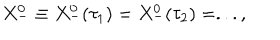
X _ { - } ^ { 0 } \equiv X _ { - } ^ { 0 } ( \tau _ { 1 } ) = X _ { - } ^ { 0 } ( \tau _ { 2 } ) = . . . ,